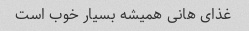
غذای هانی همیشه بسیار خوب است